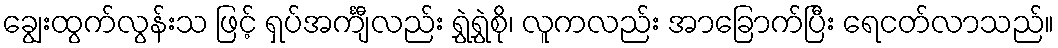
ချွေးထွက်လွန်းသ ဖြင့် ရှပ်အင်္ကျီလည်း ရွှဲရွှဲစို၊ လူကလည်း အာခြောက်ပြီး ရေငတ်လာသည်။